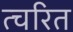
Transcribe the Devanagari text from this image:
त्चरित